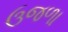
ઉજળા